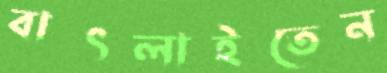
বাৎলাইতেন